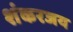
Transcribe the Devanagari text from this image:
शंकरजय